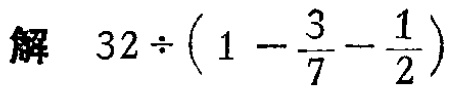
解 \(32\div\left(1 - \dfrac{3}{7} - \dfrac{1}{2}\right)\)